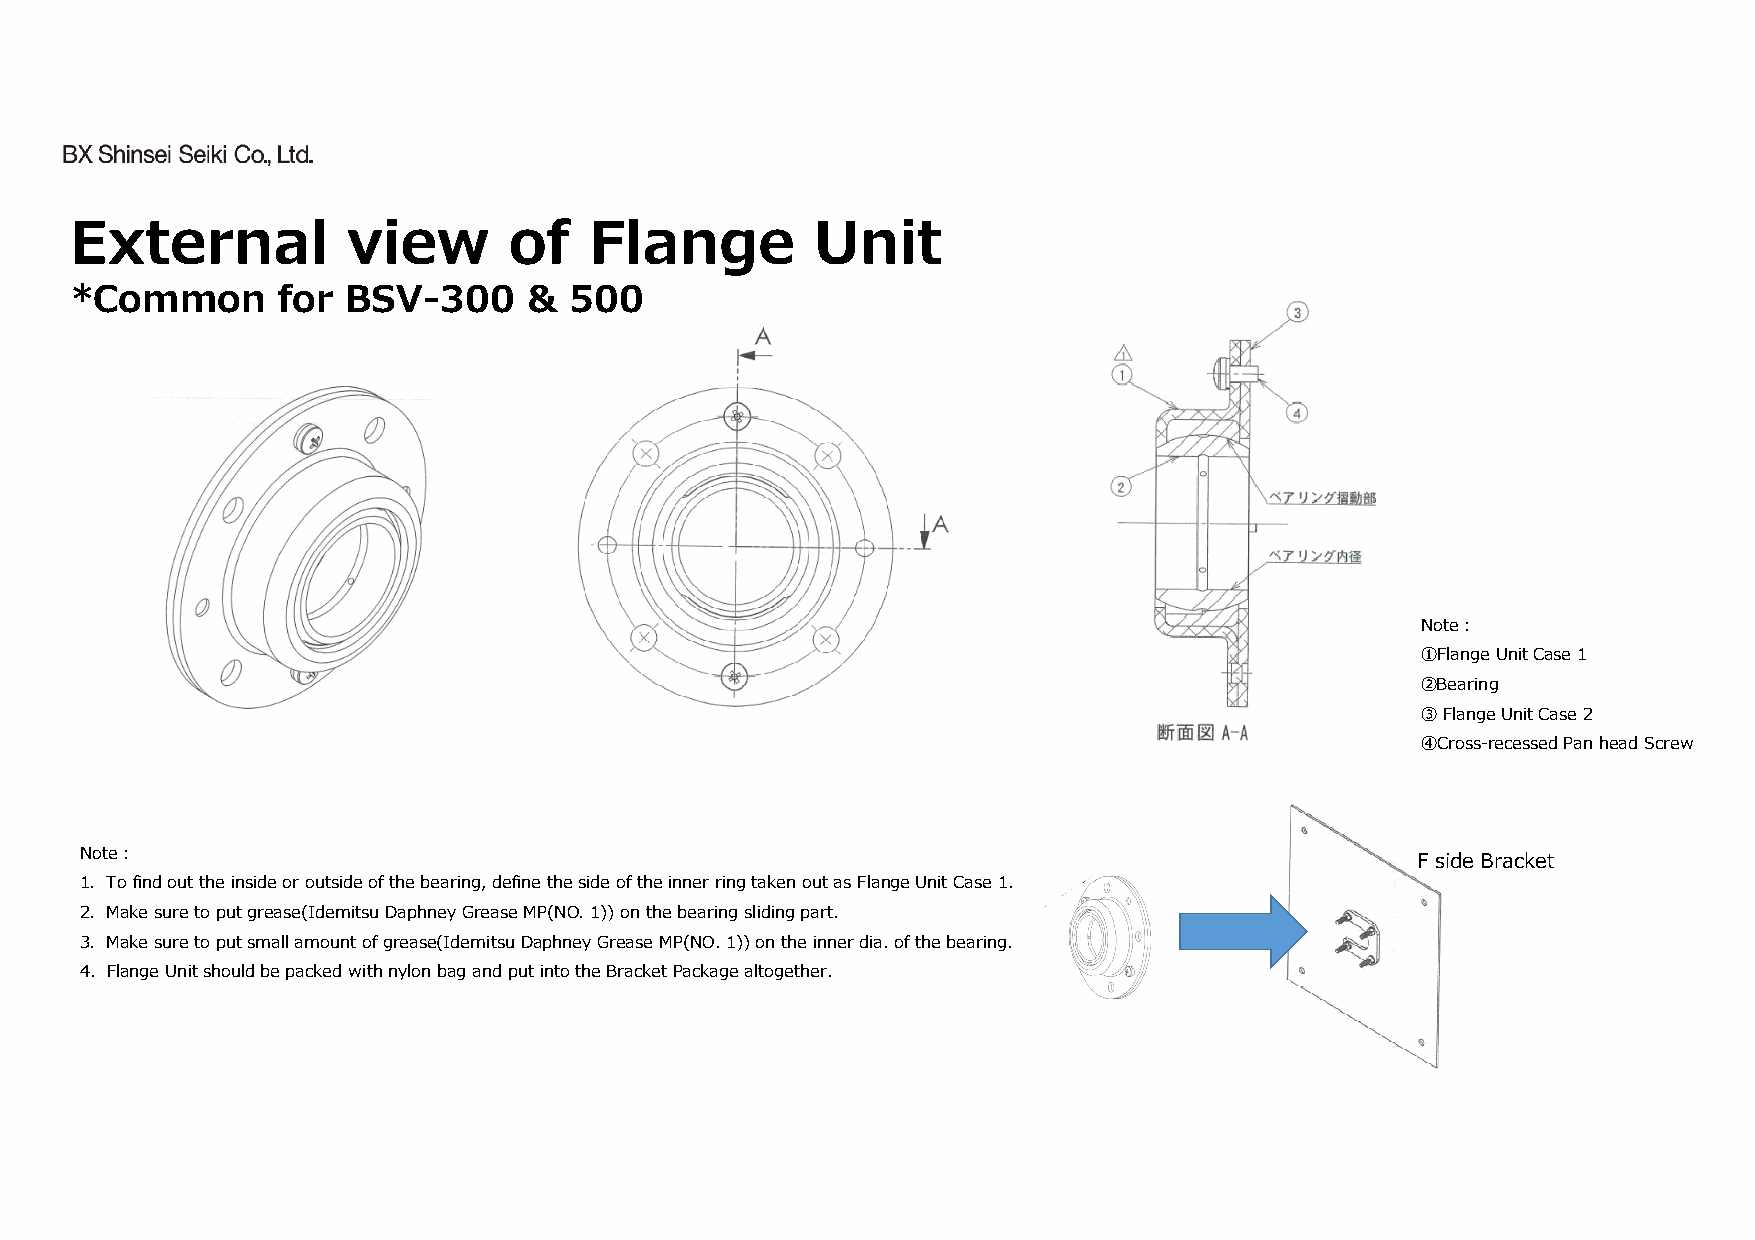
External          view       of   Flange         Unit
 *Common      for  BSV-300     &  500
 Note︓
 ①Flange Unit Case 1
 ②Bearing
 ③Flange Unit Case 2
 ④Cross-recessed Pan head Screw
 Note︓
 F side Bracket
 1. To find out the inside or outside of the bearing, define the side of the inner ring taken out as Flange UnitCase 1.
 2. Make sure to put grease(IdemitsuDaphneyGrease MP(NO. 1)) on the bearing sliding part.
 3. Make sure to put small amount of grease(IdemitsuDaphneyGrease MP(NO. 1)) on the inner dia. of the bearing.
 4. Flange Unit should be packed with nylon bag and put into the Bracket Package altogether.